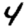
Digit: 4